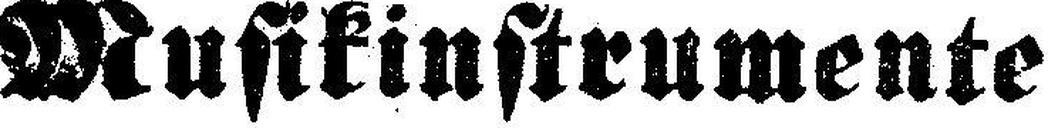
Musikinstrumente